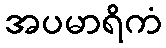
အပမာရိကံ